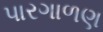
પારગાળણ